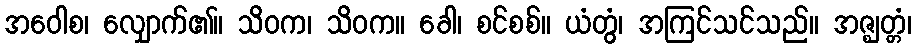
အဝေါစ၊ လျှောက်၏။ သိဝက၊ သိဝက။ ခေါ၊ စင်စစ်။ ယံတွံ၊ အကြင်သင်သည်။ အဇ္ဈတ္တံ၊